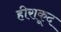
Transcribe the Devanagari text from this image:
हीराकूद